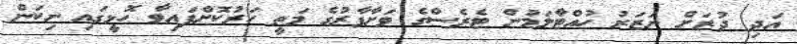
އަދި ދުރަށް ނަޒަރު ހުއްޓާލަމުން ޓެރެސްގެ ވަށާފާރުގެ މަތީ ހަރުކޮށްފައިވާ ހޮޅީގައި ނިކަން